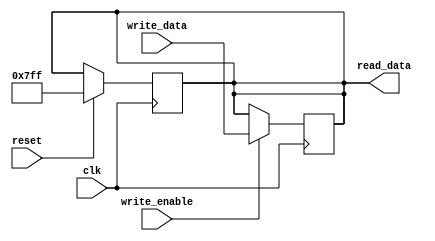
module SP (read_data, write_data,clk,reset,write_enable);//,rst);

input clk,reset,write_enable;//,rst;
input [31:0] write_data;//as each reg is 16 bits 
output  [31:0]read_data;//as each reg is 16 bits

reg [31:0]reg_internal;

assign read_data = reg_internal;

always @(posedge clk) begin
	if(reset)
	begin
		reg_internal= 32'b0111_1111_1111;//2**11-1//2047;
	end
	
end


always @(posedge clk) begin
	if(write_enable)
	begin
		reg_internal = write_data;	
	end

end

endmodule